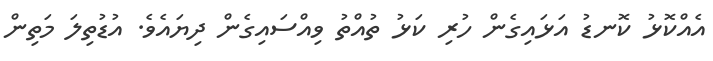
އެއްކޮޅު ކޮނޑު އަޅައިގެން ހުރި ކަޅު ތުއްތު ވިއްސައިގެން ދިޔައެވެ. އުޑުތިލަ މަތިން